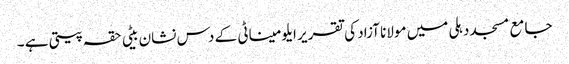
جامع مسجد دہلی میں مولانا آزاد کی تقریر	ایلومیناٹی کے دس نشان	بیٹی حقہ پیتی ہے ۔